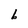
Character: b